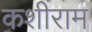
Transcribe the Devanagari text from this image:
कशीराम